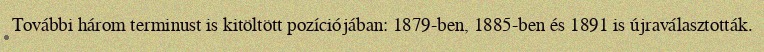
További három terminust is kitöltött pozíciójában: 1879-ben, 1885-ben és 1891 is újraválasztották.